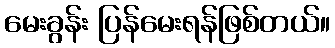
မေးခွန်း ပြန်မေးရန်ဖြစ်တယ်။